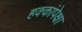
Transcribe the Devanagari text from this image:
हक्कांपेक्षा